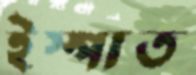
ইস্পাত